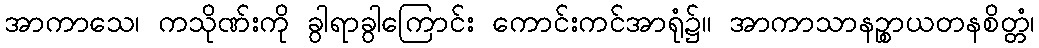
အာကာသေ၊ ကသိုဏ်းကို ခွါရာခွါကြောင်း ကောင်းကင်အာရုံ၌။ အာကာသာနဉ္စာယတနစိတ္တံ၊